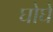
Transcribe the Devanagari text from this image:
घोघें